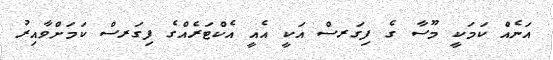
އަނެއް ކަމަކީ މޫސާ ގެ ފިގަރސް އަކީ އެއީ އެކްޓަރެއްގެ ފިގަރސް ކަމަށްވާއިރު